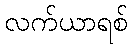
လက်ယာရစ်